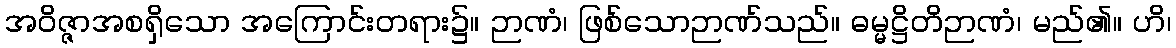
အဝိဇ္ဇာအစရှိသော အကြောင်းတရား၌။ ဉာဏံ၊ ဖြစ်သောဉာဏ်သည်။ ဓမ္မဋ္ဌိတိဉာဏံ၊ မည်၏။ ဟိ၊